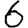
Digit: 6